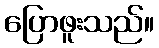
ပြောဖူးသည်။